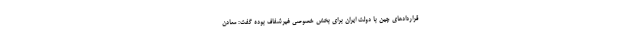
قراردادهای چین با دولت ایران برای بخش خصوصی غیرشفاف بوده گفت: معادن